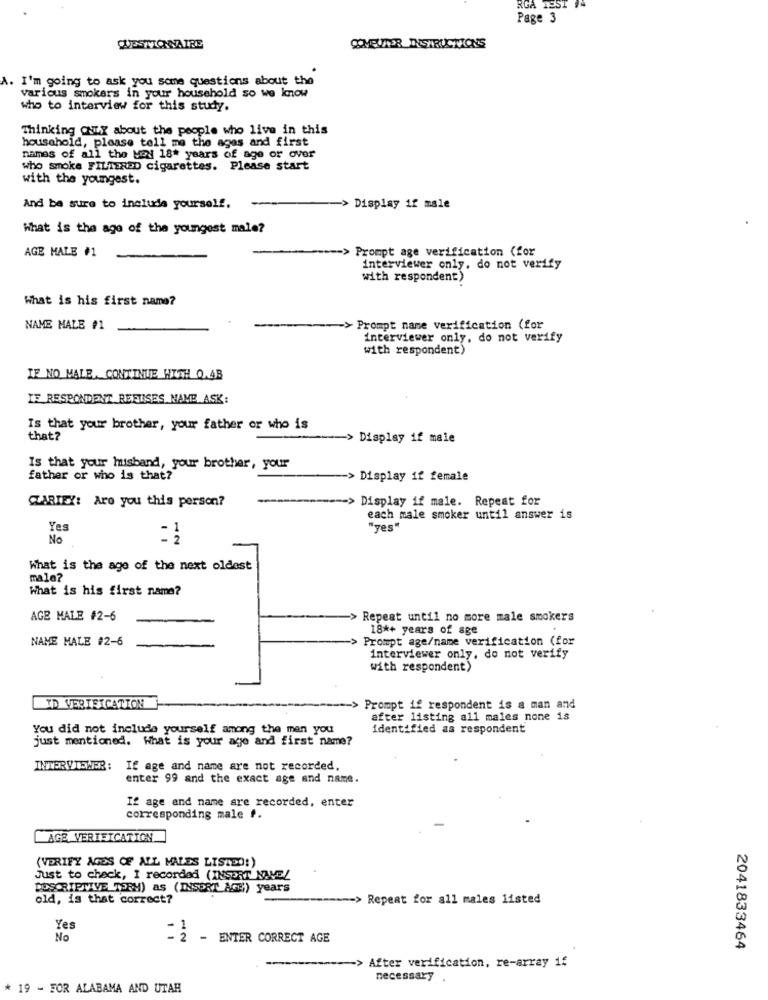
RGA TEST 94
Page 3
QUESTIONNAIRE
COMEUTER INSTRUCTIONS
A. I'm going to ask you some questions about the
various smokers in your household so we know
who to interview for this study.
Thinking ONLY about the people who live in this
household, please tell me the ages and first
names of all the MEN 18* years of age or over
who smoke FILTERED cigarettes. Please start
with the youngest.
And be sure to include yourself.
Display if male
What is the age of the youngest male?
AGE MALE #1
-- > Prompt age verification (for
interviewer only, do not verify
with respondent)
What is his first name?
NAME MALE #1
-> Prompt name verification (for
interviewer only, do not verify
with respondent)
IF NO MALE, CONTINUE WITH 0.4B
IF RESPONDENT REFUSES MAME ASK:
Is that your brother, your father or who is
that?
> Display if male
Is that your husband, your brother, your
father or who is that?
>Display if female
> Display if male. Repeat for
CARIEY: Are you this person?
each male smoker until answer is
Yes
"yes"
No
-2
What is the age of the next oldest
male?
What is his first name?
AGE MALE #2-6
> Repeat until no more male smokers
18*+ years of age
NAME MALE #2-6
Prompt age/name verification (for
interviewer only, do not verify
with respondent)
ID VERIFICATION
-- > Prompt if respondent is a man and
after listing all males none is
You did not include yourself among the men you
identified as respondent
just mentioned. What is your age and first name?
INTERVIEWER :
If age and name are not recorded.
enter 99 and the exact age and name.
If age and name are recorded, enter
corresponding male f.
AGE VERTEICATION
(VERIFY AGES OF ALL MALES LISTDO:)
Just to check, I recorded (INSERT NAVEL
DESCRIPTIVE TORM) as (INSERT AGE,) years
old, is that correct?
-- > Repeat for all males listed
Yes
No
- 2 - ENTER CORRECT AGE
2041833464
-> After verification, re-array if
necessary .
* 19 - FOR ALABAMA AND UTAR